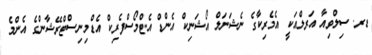
ޑރ. ސިލްވިއާ އަރލްއަކީ އެމެރިކާގެ ނެޝަނަލް އޯޝަނިކް އެންޑް އެޓްމޯސްފެރިކް އެޑްމިނިސްޓްރޭޝާންގެ އެންމެ